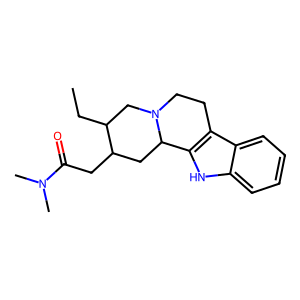
SMILES: CCC1CN2CCc3c([nH]c4ccccc34)C2CC1CC(=O)N(C)C
Inhibits HIV replication: No